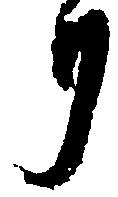
り